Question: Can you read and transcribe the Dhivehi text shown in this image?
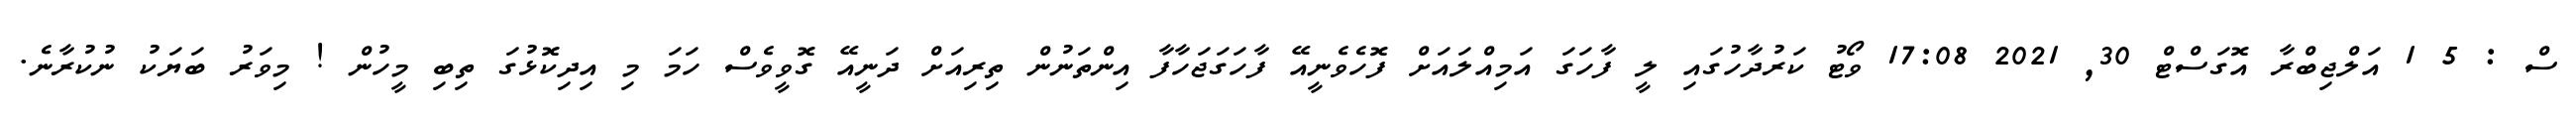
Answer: ސް : 5 1 އަލްޖިބްރާ އޮގަސްޓް 30, 2021 17:08 ވޯޓު ކަރުދާހުގައި ލީ ފާހަގަ އަމިއްލައަށް ފޮހެވެނީއޭ ފާހަގަޖަހާފާ އިންތަނުން ތިރިއަށް ދަނީއޭ ގޮވީވެސް ހަމަ މި އިދިކޮޅުގަ ތިބި މީހުން ! މިވަރު ބަޔަކު ނުކުރާނެ.